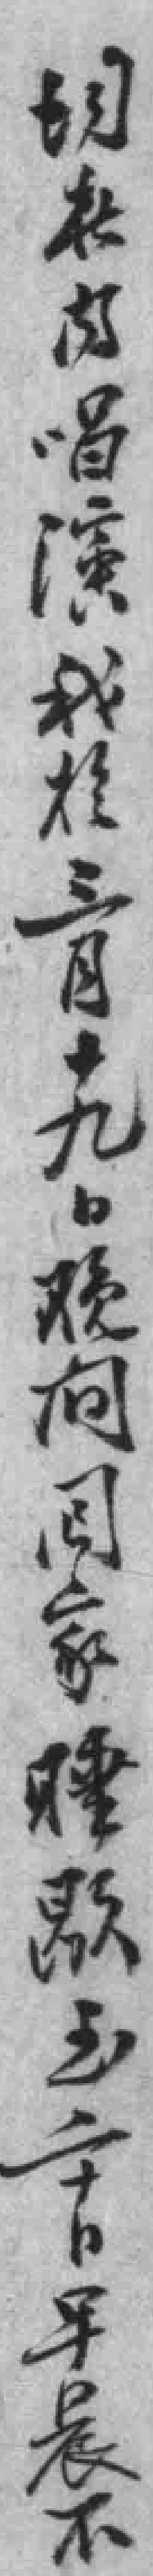
均於内唱演我於三月十九日预向回家睡歇至二十日早晨不